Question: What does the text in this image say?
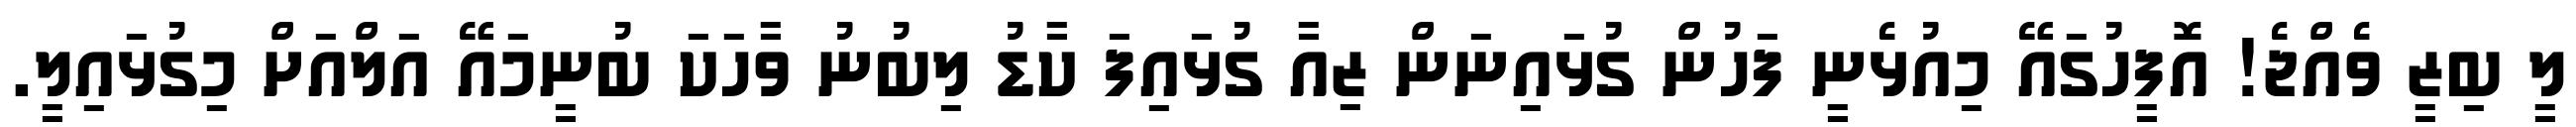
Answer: ލީ ބިޒީ ވެއްޖެ! އޮފީހުގައޭ މިއުޅެނީ ފަހުން ގުޅައިނަން ޒިއާ ގުޅައިފަ ކާޑު ލިބުނު ވާހަކަ ބުނީމައޭ އަލްއަށް މިގުޅައިލީ.